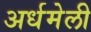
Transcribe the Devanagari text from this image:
अर्धमेली